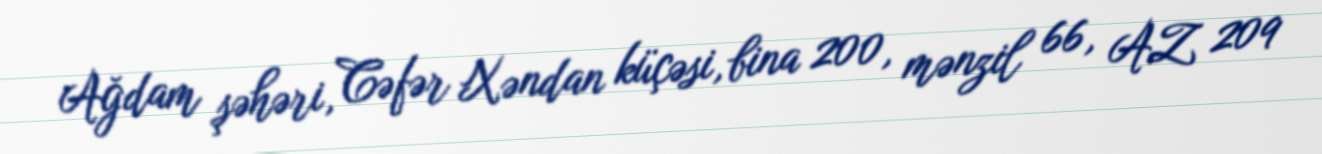
Ağdam şəhəri, Cəfər Xəndan küçəsi, bina 200, mənzil 66, AZ 209